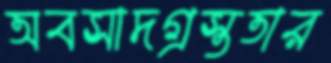
অবসাদগ্রস্ততার